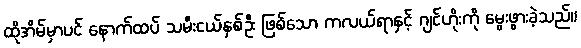
ထိုအိမ်မှာပင် နောက်ထပ် သမီးငယ်နှစ်ဦး ဖြစ်သော ကလယ်ရာနှင့် ဂျင်ဟိုးကို မွေးဖွားခဲ့သည်။